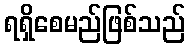
ရရှိစေမည်ဖြစ်သည်